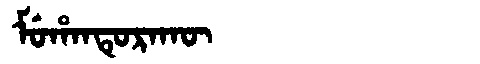
Manchu: ᠮᡠᡥᠠᠨᡨᡠᡵᠠᡴᡡ
Romanization: MUHANTURAKŪ